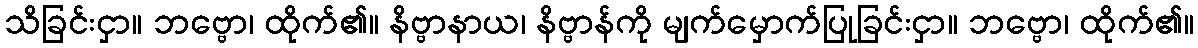
သိခြင်းငှာ။ ဘဗ္ဗော၊ ထိုက်၏။ နိဗ္ဗာနာယ၊ နိဗ္ဗာန်ကို မျက်မှောက်ပြုခြင်းငှာ။ ဘဗ္ဗော၊ ထိုက်၏။